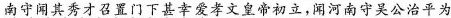
南守笑公治平为天下第 ，故与李斯同邑而常学嘲焉，乃征